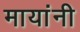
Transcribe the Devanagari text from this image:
मायांनी